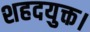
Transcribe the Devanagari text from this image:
शहदयुक्त।